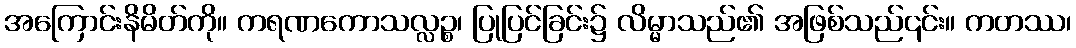
အကြောင်းနိမိတ်ကို။ ကရဏကောသလ္လဉ္စ၊ ပြုပြင်ခြင်း၌ လိမ္မာသည်၏ အဖြစ်သည်၎င်း။ ကတဿ၊